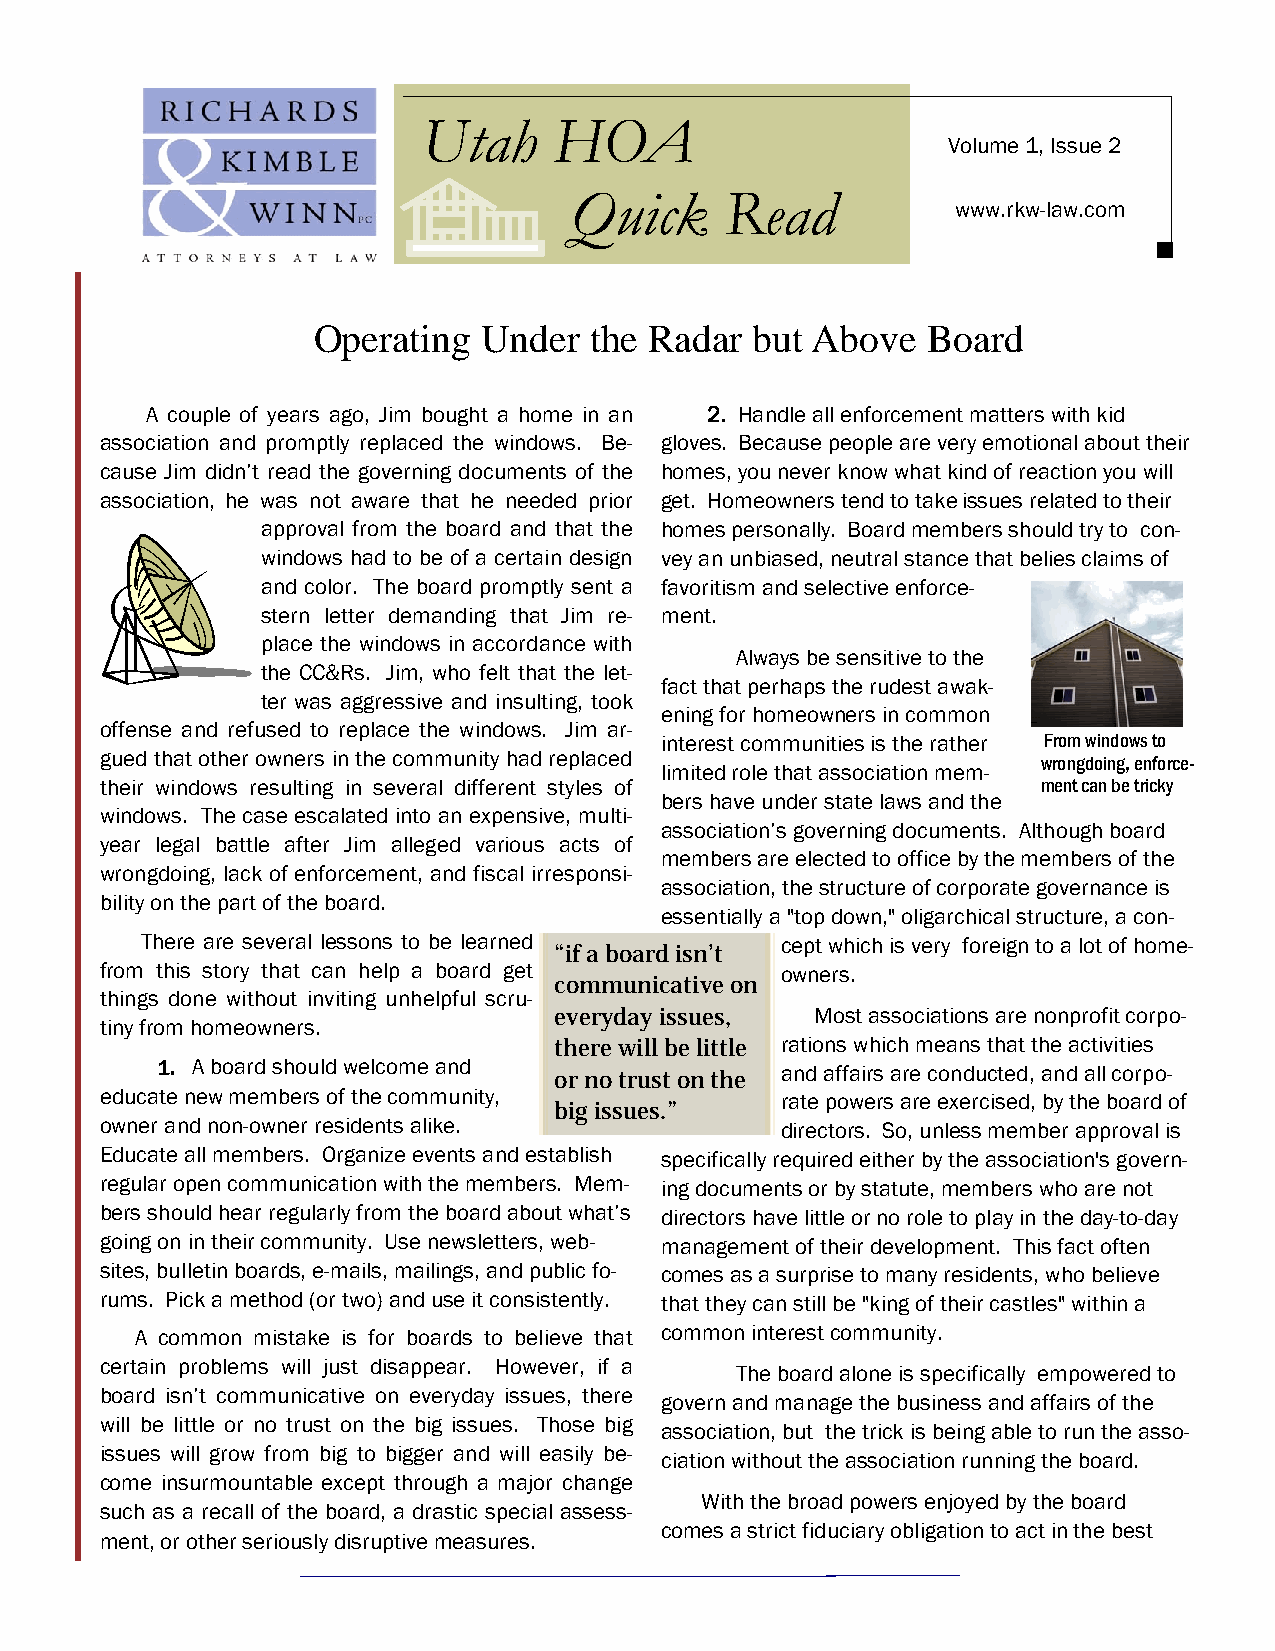
Utah     HOA
 Volume 1, Issue 2
 Quick     Read
 www.rkw-law.com
 Operating  Under  the Radar  but Above  Board
 A couple of years ago, Jim bought a home in an 2. Handle all enforcement matters with kid
 association and promptly replaced the windows. Be- gloves. Because people are very emotional about their
 cause Jim didn’t read the governing documents of the homes, you never know what kind of reaction you will
 association, he was not aware that he needed prior get. Homeowners tend to take issues related to their
 approval from the board and that the homes personally. Board members should try to con-
 windows had to be of a certain design vey an unbiased, neutral stance that belies claims of
 and color. The board promptly sent a favoritism and selective enforce-
 stern letter demanding that Jim re- ment.
 place the windows in accordance with
 Always be sensitive to the
 the CC&Rs. Jim, who felt that the let-
 fact that perhaps the rudest awak-
 ter was aggressive and insulting, took
 ening for homeowners in common
 offense and refused to replace the windows. Jim ar-
 interest communities is the rather From windows to
 gued that other owners in the community had replaced          wrongdoing, enforce-
 limited role that association mem-
 their windows resulting in several different styles of        ment can be tricky
 bers have under state laws and the
 windows. The case escalated into an expensive, multi-
 association’s governing documents. Although board
 year legal battle after Jim alleged various acts of
 members are elected to office by the members of the
 wrongdoing, lack of enforcement, and fiscal irresponsi-
 association, the structure of corporate governance is
 bility on the part of the board.
 essentially a "top down," oligarchical structure, a con-
 There are several lessons to be learned    cept which is very foreign to a lot of home-
 “if a board isn’t
 from this story that can help a board get    owners.
 communicative on
 things done without inviting unhelpful scru-
 everyday issues, Most associations are nonprofit corpo-
 tiny from homeowners.
 there will be little rations which means that the activities
 1. A board should welcome and
 or no trust on the and affairs are conducted, and all corpo-
 educate new members of the community,        rate powers are exercised, by the board of
 big issues.”
 owner and non-owner residents alike.         directors. So, unless member approval is
 Educate all members. Organize events and establish specifically required either by the association's govern-
 regular open communication with the members. Mem- ing documents or by statute, members who are not
 bers should hear regularly from the board about what’s directors have little or no role to play in the day-to-day
 going on in their community. Use newsletters, web- management of their development. This fact often
 sites, bulletin boards, e-mails, mailings, and public fo- comes as a surprise to many residents, who believe
 rums. Pick a method (or two) and use it consistently. that they can still be "king of their castles" within a
 A common mistake is for boards to believe that common interest community.
 certain problems will just disappear. However, if a
 The board alone is specifically empowered to
 board isn’t communicative on everyday issues, there
 govern and manage the business and affairs of the
 will be little or no trust on the big issues. Those big
 association, but the trick is being able to run the asso-
 issues will grow from big to bigger and will easily be-
 ciation without the association running the board.
 come insurmountable except through a major change
 With the broad powers enjoyed by the board
 such as a recall of the board, a drastic special assess-
 comes a strict fiduciary obligation to act in the best
 ment, or other seriously disruptive measures.